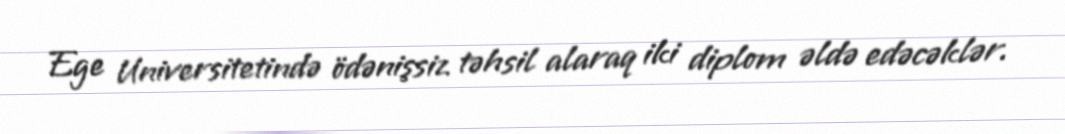
Ege Universitetində ödənişsiz təhsil alaraq iki diplom əldə edəcəklər.